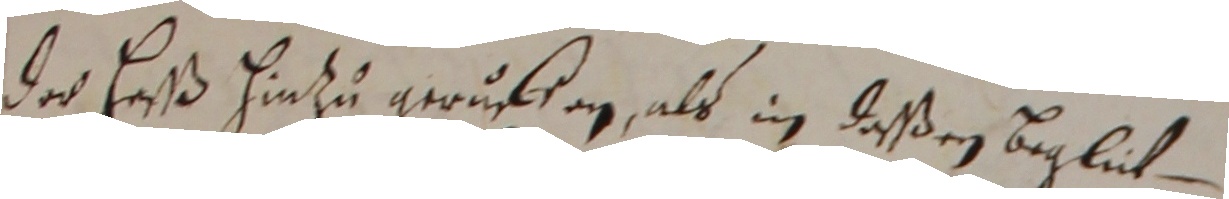
der heß hinzu geruffen, als in deßen beglut